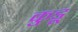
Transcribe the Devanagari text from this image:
कुडू